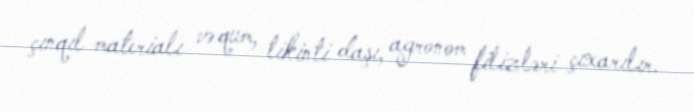
çınqıl materialı və qum, tikinti daşı, agronom filizləri çıxarılır.